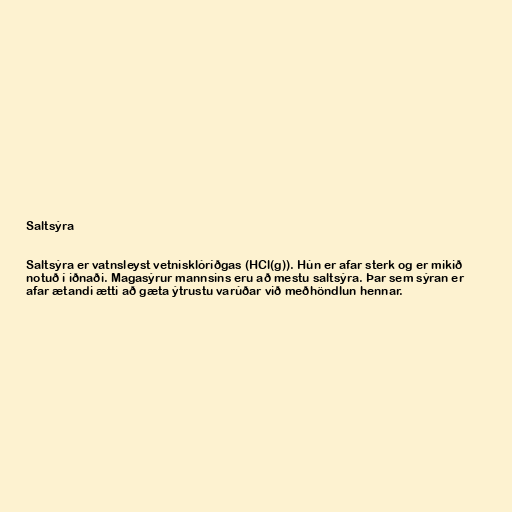
Saltsýra

Saltsýra er vatnsleyst vetnisklóríðgas (HCl(g)). Hún er afar sterk og er mikið
notuð í iðnaði. Magasýrur mannsins eru að mestu saltsýra. Þar sem sýran er
afar ætandi ætti að gæta ýtrustu varúðar við meðhöndlun hennar.